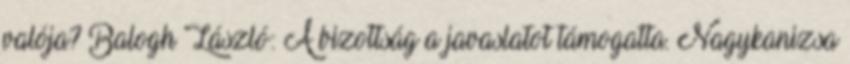
valója? Balogh László: A bizottság a javaslatot támogatta. Nagykanizsa